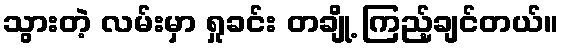
သွားတဲ့ လမ်းမှာ ရှုခင်း တချို့ ကြည့်ချင်တယ်။